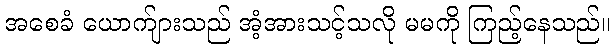
အစေခံ ယောက်ျားသည် အံ့အားသင့်သလို မမကို ကြည့်နေသည်။